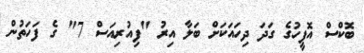
ބޮކްސް އޮފީހުގެ ގަދަ ދިހައަކަށް ބަލާ އިރު "ފިއުރިއަސް 7" ގެ ފަހަތުން